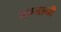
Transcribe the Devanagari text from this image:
कानानी